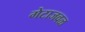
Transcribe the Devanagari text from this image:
गेटाजवळ